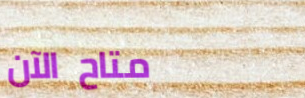
متاح الآن